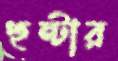
হুন্টার